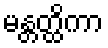
မန္တတ္ထိကာ